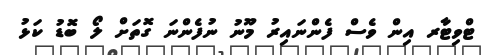
ޓްވިޓާރ އިން ވެސް ފެންނައިރު މޫނު ނުފެންނަ ގޮތަށް ލޯ ބޮޑު ކަޅު